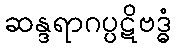
ဆန္ဒရာဂပ္ပဋိဗဒ္ဓံ